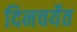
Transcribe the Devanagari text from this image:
दिनचर्येत